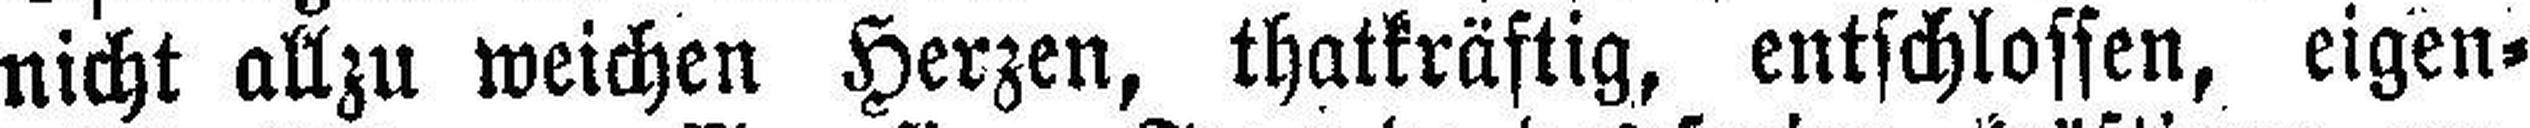
nicht allzu weichen Herzen, thatkräftig, entschlossen, eigen¬